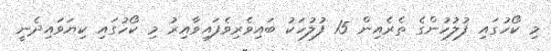
މި ކޯހުގައި ފުލުހުންގެ ތެރެއިން 15 ފުލުހަކު ބައިވެރިވެފައިވާއިރު މި ކޯހުގައި ކިޔަވައިދެނީ